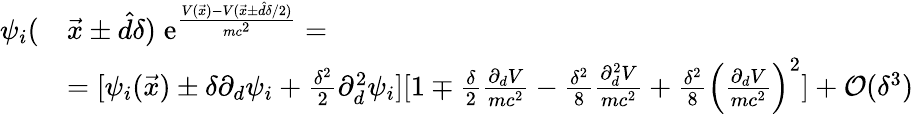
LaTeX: \begin{array}{rl}{\psi_{i}(}&{\vec{x}\pm\hat{d}\delta)\; \mathrm e^{\frac{V(\vec{x})-V(\vec{x}\pm\hat{d}\delta/2)}{mc^{2}}}=}\\ &{=[\psi_{i}(\vec{x})\pm\delta\partial_{d}\psi_{i}+\frac{\delta^{2}}{2}\partial_{d}^{2}\psi_{i}][1\mp\frac{\delta}{2}\frac{\partial_{d}V}{mc^{2}}-\frac{\delta^{2}}{8}\frac{\partial_{d}^{2}V}{mc^{2}}+\frac{\delta^{2}}{8}\Big(\frac{\partial_{d}V}{mc^{2}}\Big)^{2}]+\mathcal O(\delta^{3})}\end{array}